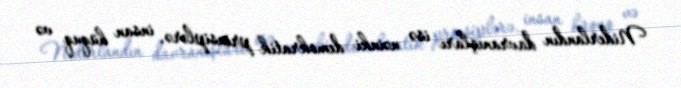
Niderlandın davranışları isə nəinki demokratik prinsiplərə, insan hüquq və